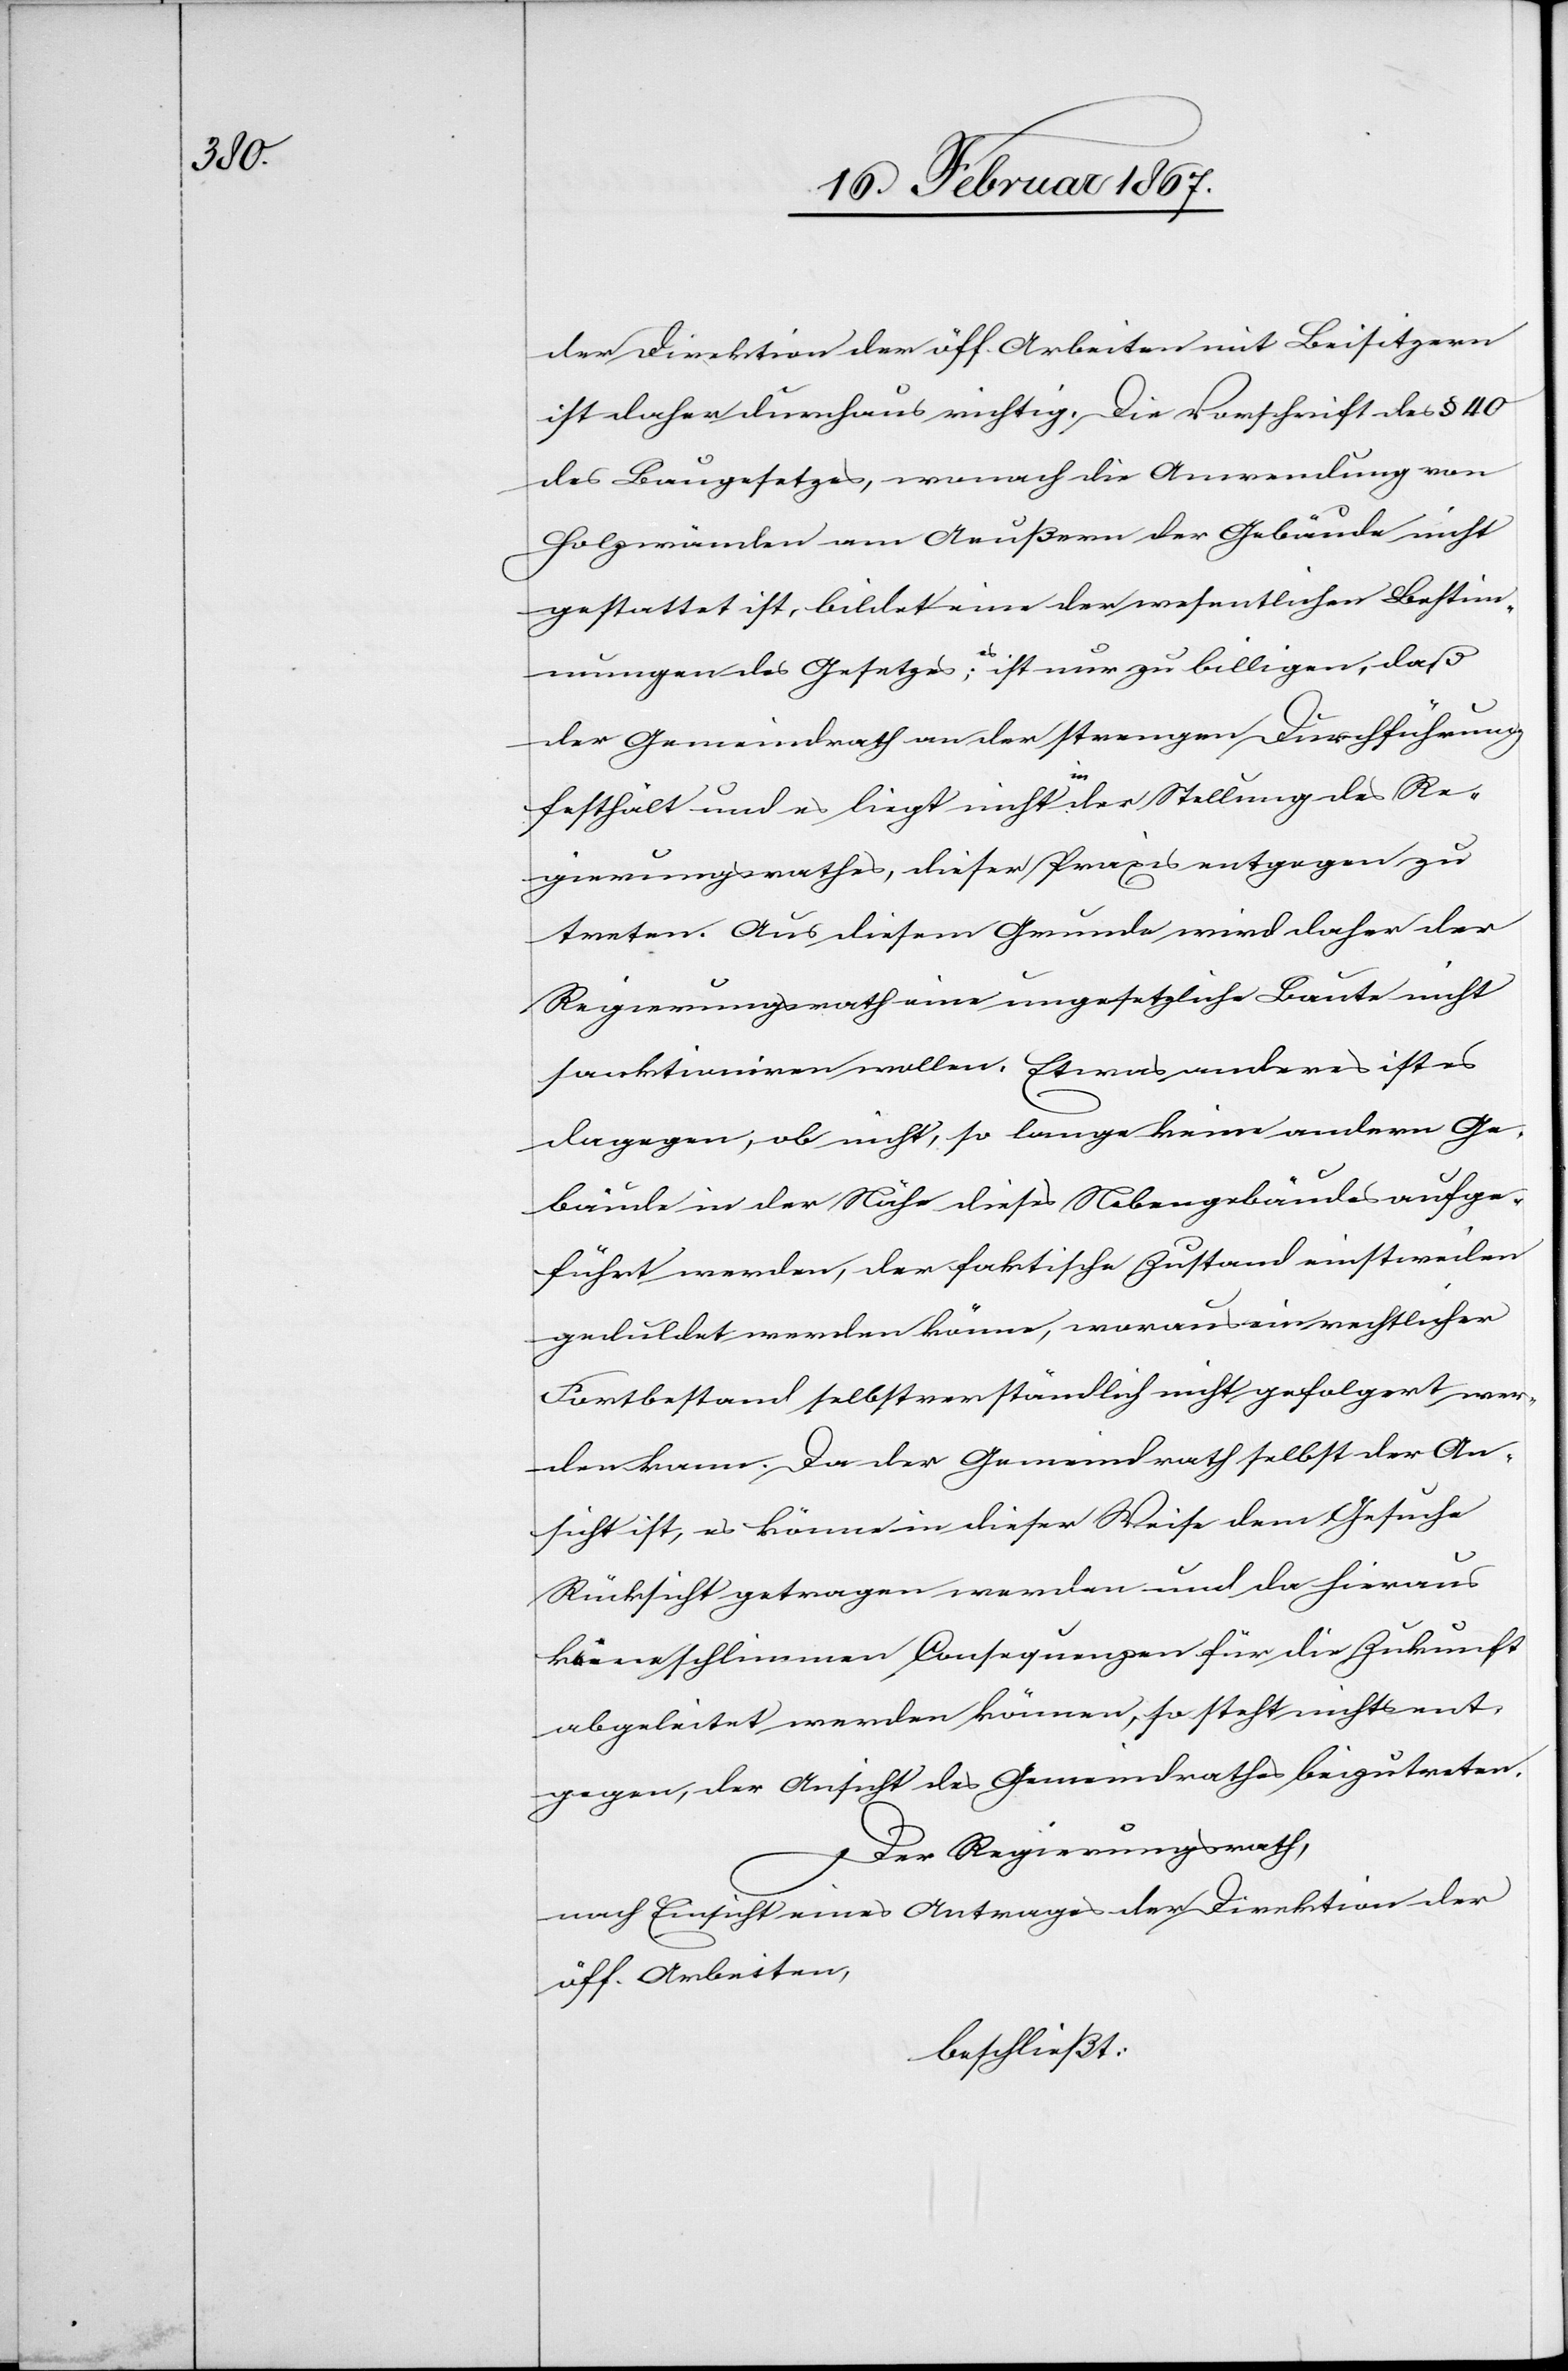
der Direktion der öff. Arbeiten mit Beisitzern
ist daher durchaus richtig. Die Vorschrift des § 40
des Baugesetzes, wonach die Anwendung von
Holzwänden am Aeußern der Gebäude nicht
gestattet ist, bildet eine der wesentlichen Bestim¬
mungen des Gesetzes; es ist nur zu billigen, daß
der Gemeindrath an der strengen Durchführung
festhält und es liegt nicht in der Stellung des Re¬
gierungsrathes, dieser Praxis entgegen zu
treten. Aus diesem Grunde wird daher der
Regierungsrath eine ungesetzliche Baute nicht
sanktioniren wollen. Etwas anderes ist es
dagegen, ob nicht, so lange keine andern Ge¬
bäude in der Nähe dieses Nebengebäudes aufge¬
führt werden, der faktische Zustand einstweilen
geduldet werden könne, woraus ein rechtlicher
Fortbestand selbstverständlich nicht gefolgert wer¬
den kann. Da der Gemeindrath selbst der An¬
sicht ist, es könne in dieser Weise dem Gesuche
Rücksicht getragen werden und da hieraus
keine schlimmen Consequenzen für die Zukunft
abgeleitet werden können, so steht nichts ent¬
gegen, der Ansicht des Gemeindrathes beizutreten.
Der Regierungsrath,
nach Einsicht eines Antrages der Direktion der
öff. Arbeiten,
beschließt: